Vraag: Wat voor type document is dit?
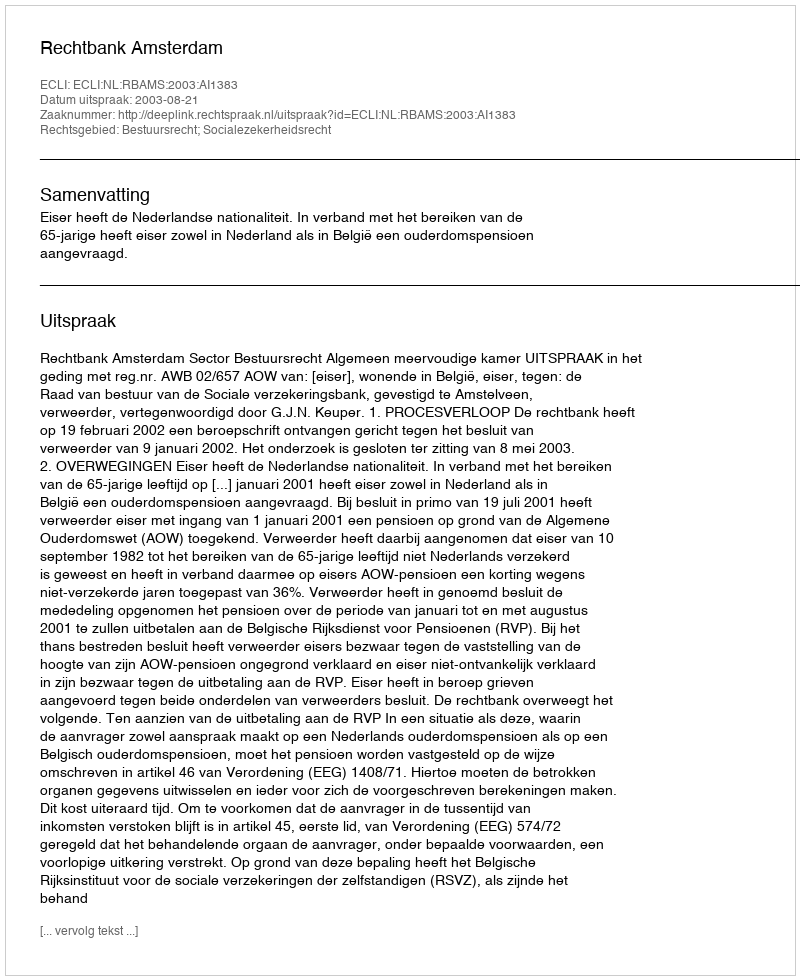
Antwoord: Uitspraak